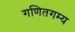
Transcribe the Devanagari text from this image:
गणितगम्य